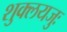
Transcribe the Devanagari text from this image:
शुक्लयजुः